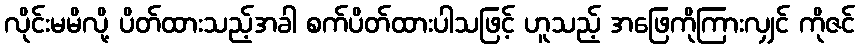
လိုင်းမမိလို့ ပိတ်ထားသည့်အခါ စက်ပိတ်ထားပါသဖြင့် ဟူသည့် အဖြေကိုကြားလျှင် ကိုဇင်